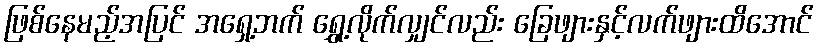
ဖြစ်နေမည့်အပြင် အရှေ့ဘက် ရွှေ့လိုက်လျှင်လည်း ခြေဖျားနှင့်လက်ဖျားထိအောင်